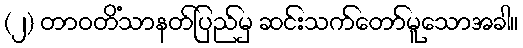
(၂) တာဝတိံသာနတ်ပြည်မှ ဆင်းသက်တော်မူသောအခါ။